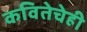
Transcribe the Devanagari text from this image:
कवितेचेही